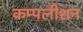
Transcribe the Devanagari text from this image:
कम्पलीशन